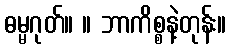
ဓမ္မဂုတ်။ ။ ဘာကိစ္စနဲ့တုန်း။